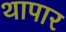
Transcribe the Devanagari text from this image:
थापार